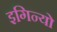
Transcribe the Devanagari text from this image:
इगिन्यो